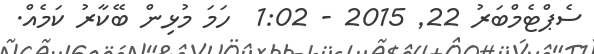
ސެޕްޓެމްބަރު 22